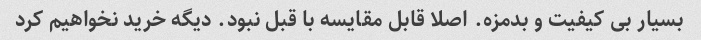
بسیار بی کیفیت و بدمزه. اصلا قابل مقایسه با قبل نبود. دیگه خرید نخواهیم کرد